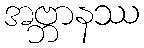
အဗ္ဘာနဿ